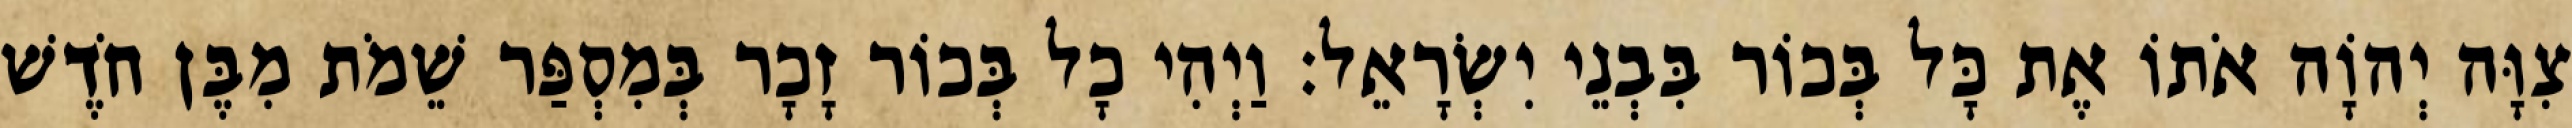
צִוָּה יְהוָֹה אֹתוֹ אֶת כָּל בְּכוֹר בִּבְנֵי יִשְׂרָאֵל׃ וַיְהִי כָל בְּכוֹר זָכָר בְּמִסְפַּר שֵׁמֹת מִבֶּן חֹדֶשׁ